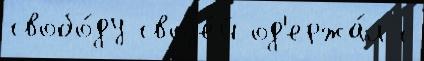
свобо́ду своjе́й од'ержа́л с